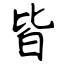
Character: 皆